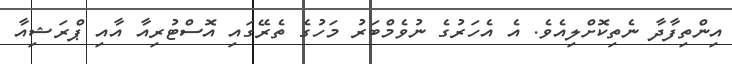
އިންތިފާދާ ނެތިކޮށްލިއެވެ. އެ އެހަރުގެ ނުވެމްބަރު މަހުގެ ތެރޭގައި އޮސްޓުރިއާ އާއި ޕްރަޝިއާ